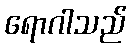
ရောဂါသည်